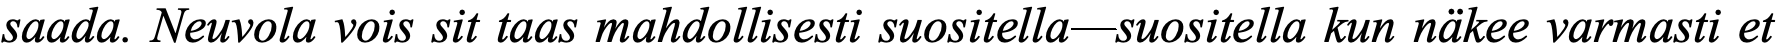
saada. Neuvola vois sit taas mahdollisesti suositella—suositella kun näkee varmasti et